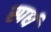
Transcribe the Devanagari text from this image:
स्पर्ध